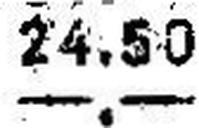
—.—